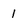
Character: 1